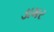
ડામર